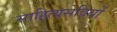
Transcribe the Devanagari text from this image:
साहित्यसेवियों